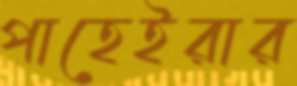
পাহেইরার